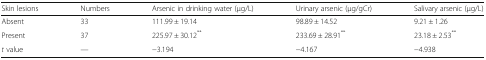
| Skin lesions | Numbers | Arsenic in drinking water (μg/L) | Urinary arsenic (μg/gCr) | Salivary arsenic (μg/L) |
 | --- | --- | --- | --- | --- |
 | Absent | 33 | 111.99 ± 19.14 | 98.89 ± 14.52 | 9.21 ± 1.26 |
 | Present | 37 | 225.97 ± 30.12** | 233.69 ± 28.91** | 23.18 ± 2.53** |
 | t value | — | −3.194 | −4.167 | −4.938 |